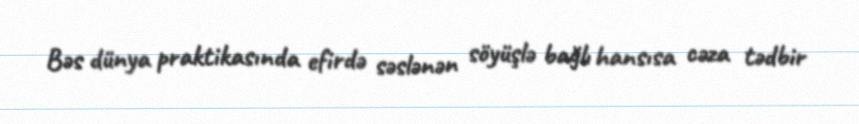
Bəs dünya praktikasında efirdə səslənən söyüşlə bağlı hansısa cəza tədbir